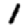
Digit: 1